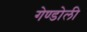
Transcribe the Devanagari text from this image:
गेण्डोली